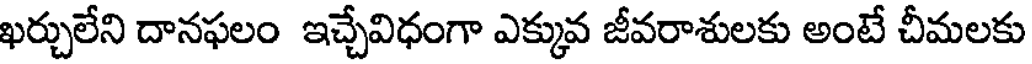
ఖర్చులేని దానఫలం ఇచ్చేవిధంగా ఎక్కువ జీవరాశులకు అంటే చీమలకు